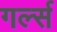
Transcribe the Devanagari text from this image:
गर्ल्‍स